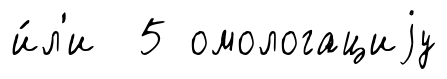
и́л'и 5 омологациjу